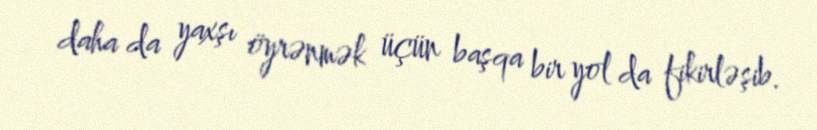
daha da yaxşı öyrənmək üçün başqa bir yol da fikirləşib.